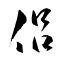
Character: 侶